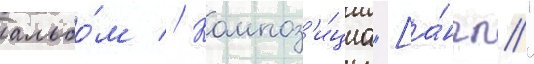
альбо́м // Композ'и́циа "[а́нгл."